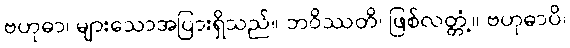
ဗဟုဓာ၊ များသောအပြားရှိသည်။ ဘဝိဿတိ၊ ဖြစ်လတ္တံ့။ ဗဟုဓာပိ၊